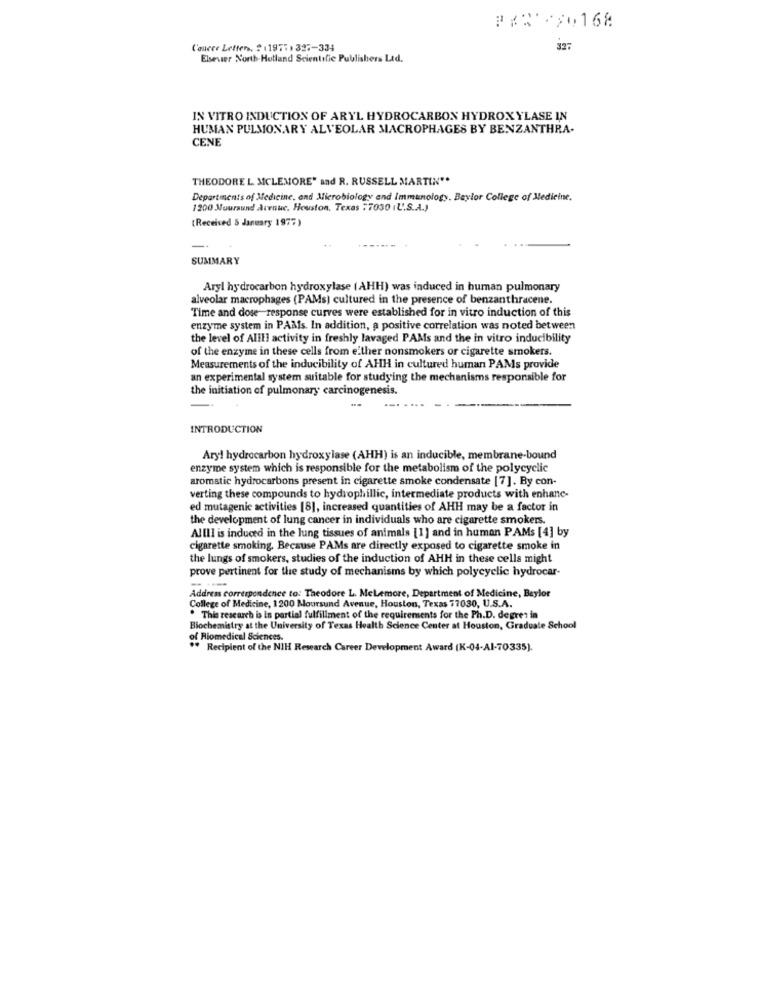
Cancer Letter, ? (1977 ) 327-334
327
Elsevier North-Holland Scientific Publishers Ltd.
IN VITRO INDUCTION OF ARYL HYDROCARBON HYDROXYLASE IN
HUMAN PULMONARY ALVEOLAR MACROPHAGES BY BENZANTHRA-
CENE
THEODORE L MCLEMORE" and R. RUSSELL MARTIN **
Departments of Medicine, and Microbiology and Immunology. Baylor College of Medicine.
1200 Noursund Avenue. Houston, Texas :7030 (L'.S.A.)
(Received & January 1977)
SUMMARY
Aryl hydrocarbon hydroxylase (AHH) was induced in human pulmonary
alveolar macrophages (PAMs) cultured in the presence of benzanthracene.
Time and dose response curves were established for in vitro induction of this
enzyme system in PAMs. In addition, a positive correlation was noted between
the level of Alili activity in freshly lavaged PAMs and the in vitro inducibility
of the enzyme in these cells from e'ther nonsmokers or cigarette smokers.
Measurements of the inducibility of AHH in cultured human PAMs provide
an experimental system suitable for studying the mechanisms responsible for
the initiation of pulmonary carcinogenesis.
INTRODUCTION
Aryl hydrocarbon hydroxylase (AHH) is an inducible, membrane-bound
enzyme system which is responsible for the metabolism of the polycyclic
aromatic hydrocarbons present in cigarette smoke condensate [7]. By con-
verting these compounds to hydrophillic, intermediate products with enhanc-
ed mutagenic activities [8], increased quantities of AHH may be a factor in
the development of lung cancer in individuals who are cigarette smokers.
AllII is induced in the lung tissues of animals [1] and in human PAMs [4] by
cigarette smoking, Because PAMs are directly exposed to cigarette smoke in
the lungs of smokers, studies of the induction of AHH in these cells might
prove pertinent for the study of mechanisms by which polycyclic hydrocar-
---
Address correspondence to: Theodore L. MeLemore, Department of Medicine, Beylor
College of Medicine, 1200 Moursund Avenue, Houston, Texas 77030, U.S.A.
. This research is in partial fulfillment of the requirements for the Ph.D. degree in
emistry at the University of Texas Health Science Center at Houston, Graduate School
of Riomedical Sciences.
** Recipient of the NIH Research Career Development Award (K-04-Al-70335).